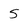
Character: 5